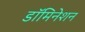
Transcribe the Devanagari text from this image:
डॉमिनेशन